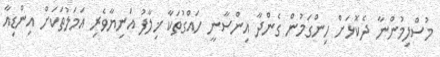
މުސްލިމުންނާ ދެކޮޅަށް ހިންގަމުން ގެންދާ އިންސާނީ ހައްގުތަކާ ޚިލާފު އަނިޔާވެރި އަމަލުތަކަށް އިންޑިއާ